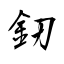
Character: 釰